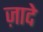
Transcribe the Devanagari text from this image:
ज़ादे